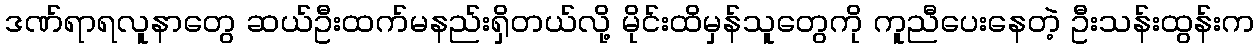
ဒဏ်ရာရလူနာတွေ ဆယ်ဦးထက်မနည်းရှိတယ်လို့ မိုင်းထိမှန်သူတွေကို ကူညီပေးနေတဲ့ ဦးသန်းထွန်းက